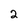
Character: 2